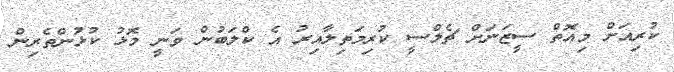
ކުރިއަށް މިއޮތް ސީޒަނަށް ޗެލްސީ ކުރިމަތިލާއިރު އެ ކްލަބުން ވަނީ މޮޅު ކުޅުންތެރިން